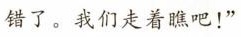
错了。我们走着瞧吧！”